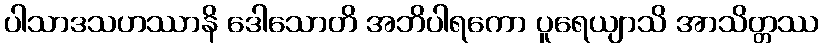
ပါသာဒသဟဿာနိ ဒေါသောတိ အဘိပါရကော ပူရေယျာသိ အာသိတ္တဿ